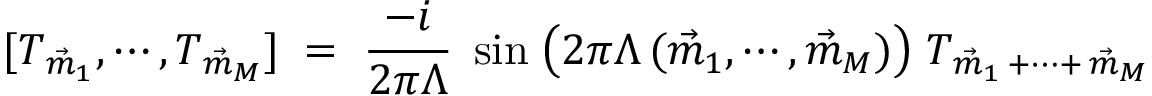
[ T _ { \vec { m } _ { 1 } } , \cdots , T _ { \vec { m } _ { M } } ] \; = \; \frac { - i } { 2 \pi \Lambda } \; \sin \; \bigl ( 2 \pi \Lambda \, ( \vec { m } _ { 1 } , \cdots , \vec { m } _ { M } ) \big ) \; T _ { \vec { m } _ { 1 } \, + \cdots + \, \vec { m } _ { M } }